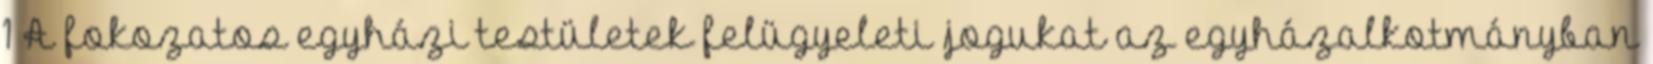
1 A fokozatos egyházi testületek felügyeleti jogukat az egyházalkotmányban